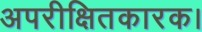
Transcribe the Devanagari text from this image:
अपरीक्षितकारक।